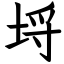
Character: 埒